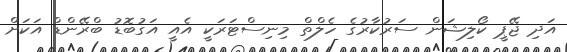
އަދި ޖޭޕީ ކޯލިޝަން ސަރުކާރުގެ ހެލްތް މިނިސްޓަރަކީ އެއީ އަގުބޮޑު ބްރޭންޑް އަކަށް